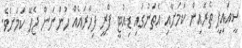
ސީއައިޕީ ތެރެއިން ކަމަށާއި އެތަނުގައި ޑިއުޓީ ފްރީ ފިހާރައެއް ހުންނަން ޖެހޭ ކަމަށެވެ.